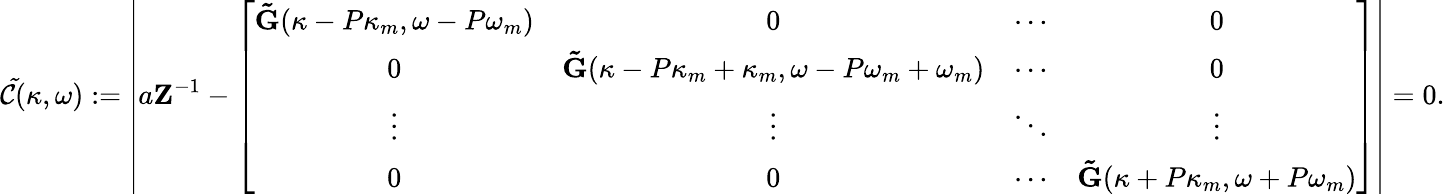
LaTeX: \mathcal{\tilde{C}}(\kappa,\omega):=\left|a\mathbf{Z}^{-1}-\left[\begin{array}{cccc}{\mathbf{\tilde{G}}(\kappa-P\kappa_{m},\omega-P\omega_{m})}&{0}&{\cdots}&{0}\\ {0}&{\mathbf{\tilde{G}}(\kappa-P\kappa_{m}+\kappa_{m},\omega-P\omega_{m}+\omega_{m})}&{\cdots}&{0}\\ {\vdots}&{\vdots}&{\ddots}&{\vdots}\\ {0}&{0}&{\cdots}&{\mathbf{\tilde{G}}(\kappa+P\kappa_{m},\omega+P\omega_{m})}\end{array}\right]\right|=0.